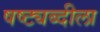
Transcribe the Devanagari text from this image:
षष्ट्यब्दीला